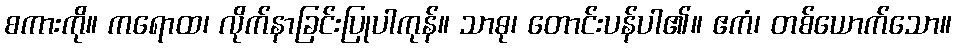
စကားကို။ ကရောထ၊ လိုက်နာခြင်းပြုပါကုန်။ သာဓု၊ တောင်းပန်ပါ၏။ ဧကံ၊ တစ်ယောက်သော။